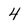
Character: 4